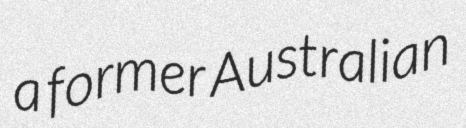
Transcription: a former Australian